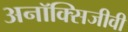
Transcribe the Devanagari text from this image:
अनॉक्सिजीवी